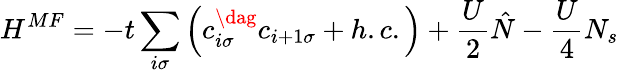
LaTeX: H^{MF}=-t\sum_{i\sigma}\left(c_{i\sigma}^{\dag}c_{i+1\sigma}+h.c.\right)+\frac{U}{2}\hat{N}-\frac{U}{4}N_{s}